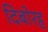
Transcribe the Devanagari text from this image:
दिबोरह